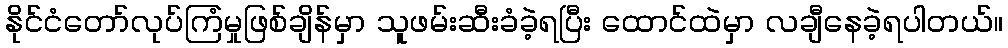
နိုင်ငံတော်လုပ်ကြံမှုဖြစ်ချိန်မှာ သူဖမ်းဆီးခံခဲ့ရပြီး ထောင်ထဲမှာ လချီနေခဲ့ရပါတယ်။